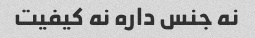
نه جنس داره نه کیفیت